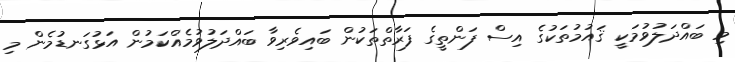
މި ބައްދަލުވުމަކީ ޤައުމުތަކުގެ އިސް ފަންތީގެ ފަރާތްތަކުން ބައިވެރިވާ ބައްދަލުވުމެއްކަމުން އަޅުގަނޑުމެން މި